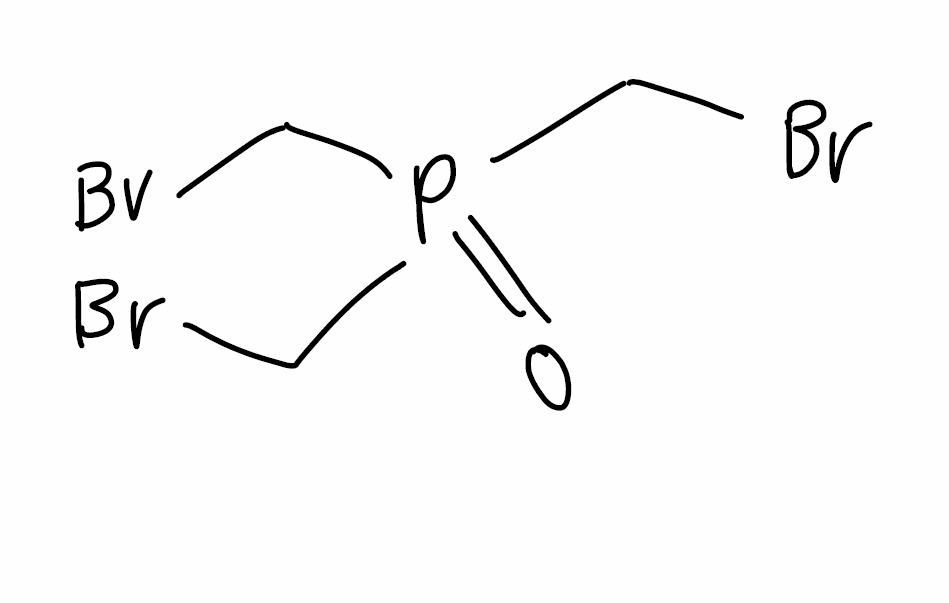
Simplified molecular-input line-entry system (SMILES) notation of the given molecule:
C(P(=O)(CBr)CBr)Br